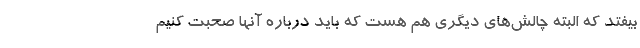
بیفتد که البته چالش‌های دیگری هم هست که باید درباره آنها صحبت کنیم